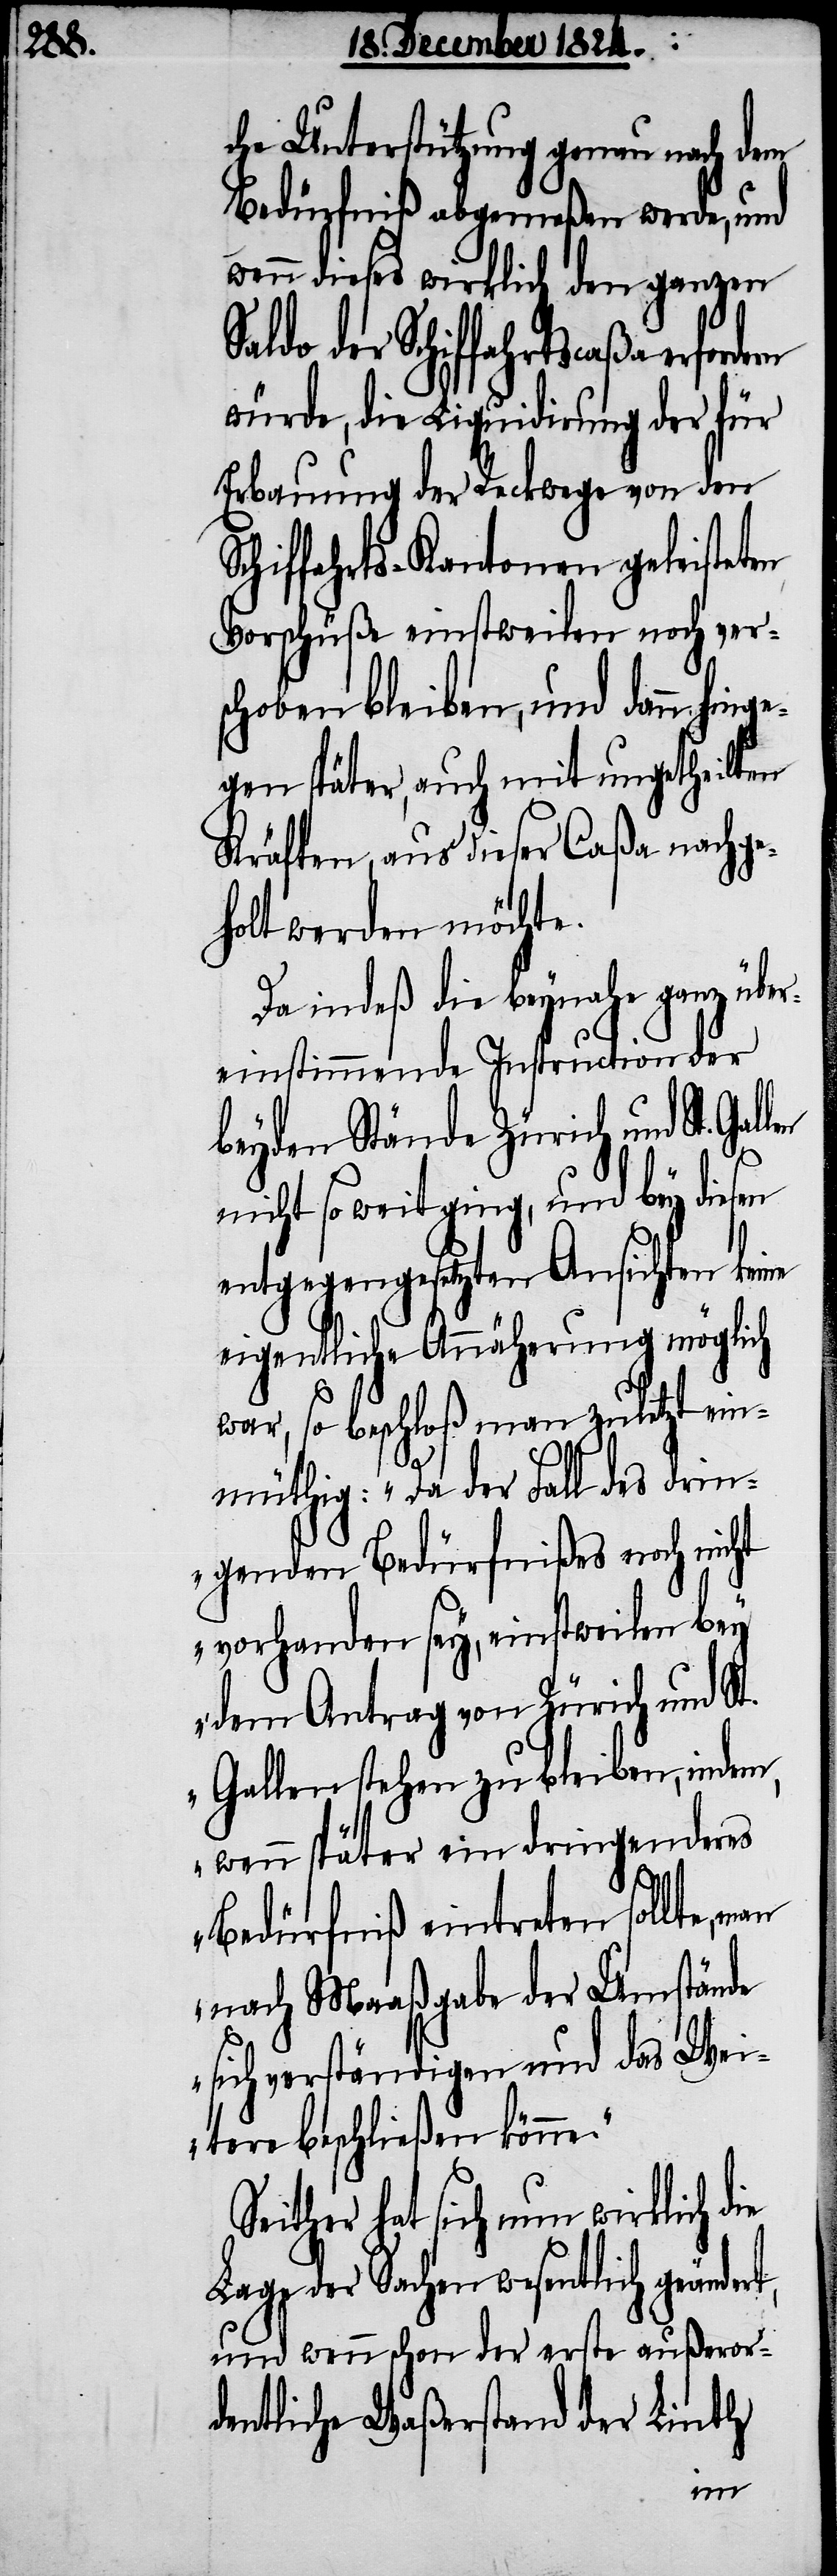
che Unterstützung genau nach dem
Bedürfniß abgemeßen werde, und
wenn dieses wirklich den ganzen
Saldo der Schiffahrtscaßa erforde¬
würde, die Liquidirung der für
Erbauung der Reckwege von den
Schiffahrts-Kantonen geleisteten
Vorschüße einstweilen noch ver¬
schoben bleiben, und dann hing¬
egen später, auch mit ungetheilten
Kräften, aus dieser Caßa nachge¬
holt werden möchte.
Da indeß die beynahe ganz über¬
einstimmende Instruction der
beyden Stände Zürich und St.
nicht so weit ging, und bey diesen
entgegengesetzten Ansichten keine
eigentliche Annäherung möglich
war, so beschloß man zuletzt ein¬
müthig: „Da der Fall des dri¬
ngenden Bedürfnißes noch nicht
vorhanden sey, einstweilen bey
dem Antrag von Zürich und St.
Gallen stehen zu bleiben, indem,
wenn später ein dringenderes
Bedürfniß eintreten sollte, m¬
nach Maaßgabe der Umstände
sich verständigen und das Wei¬
tere beschließen könne.“
either hat sich nun wirklich die
Lage der Sachen wesentlich geände¬
und wenn schon der erste außeror¬
dentliche Waßerstand der Linth
rt,